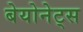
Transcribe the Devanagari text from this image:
बेयोनेट्स